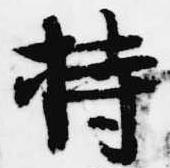
持